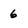
Character: 6